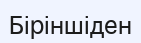
Біріншіден